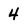
Character: 4